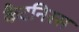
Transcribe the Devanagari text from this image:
कैटनिस्स